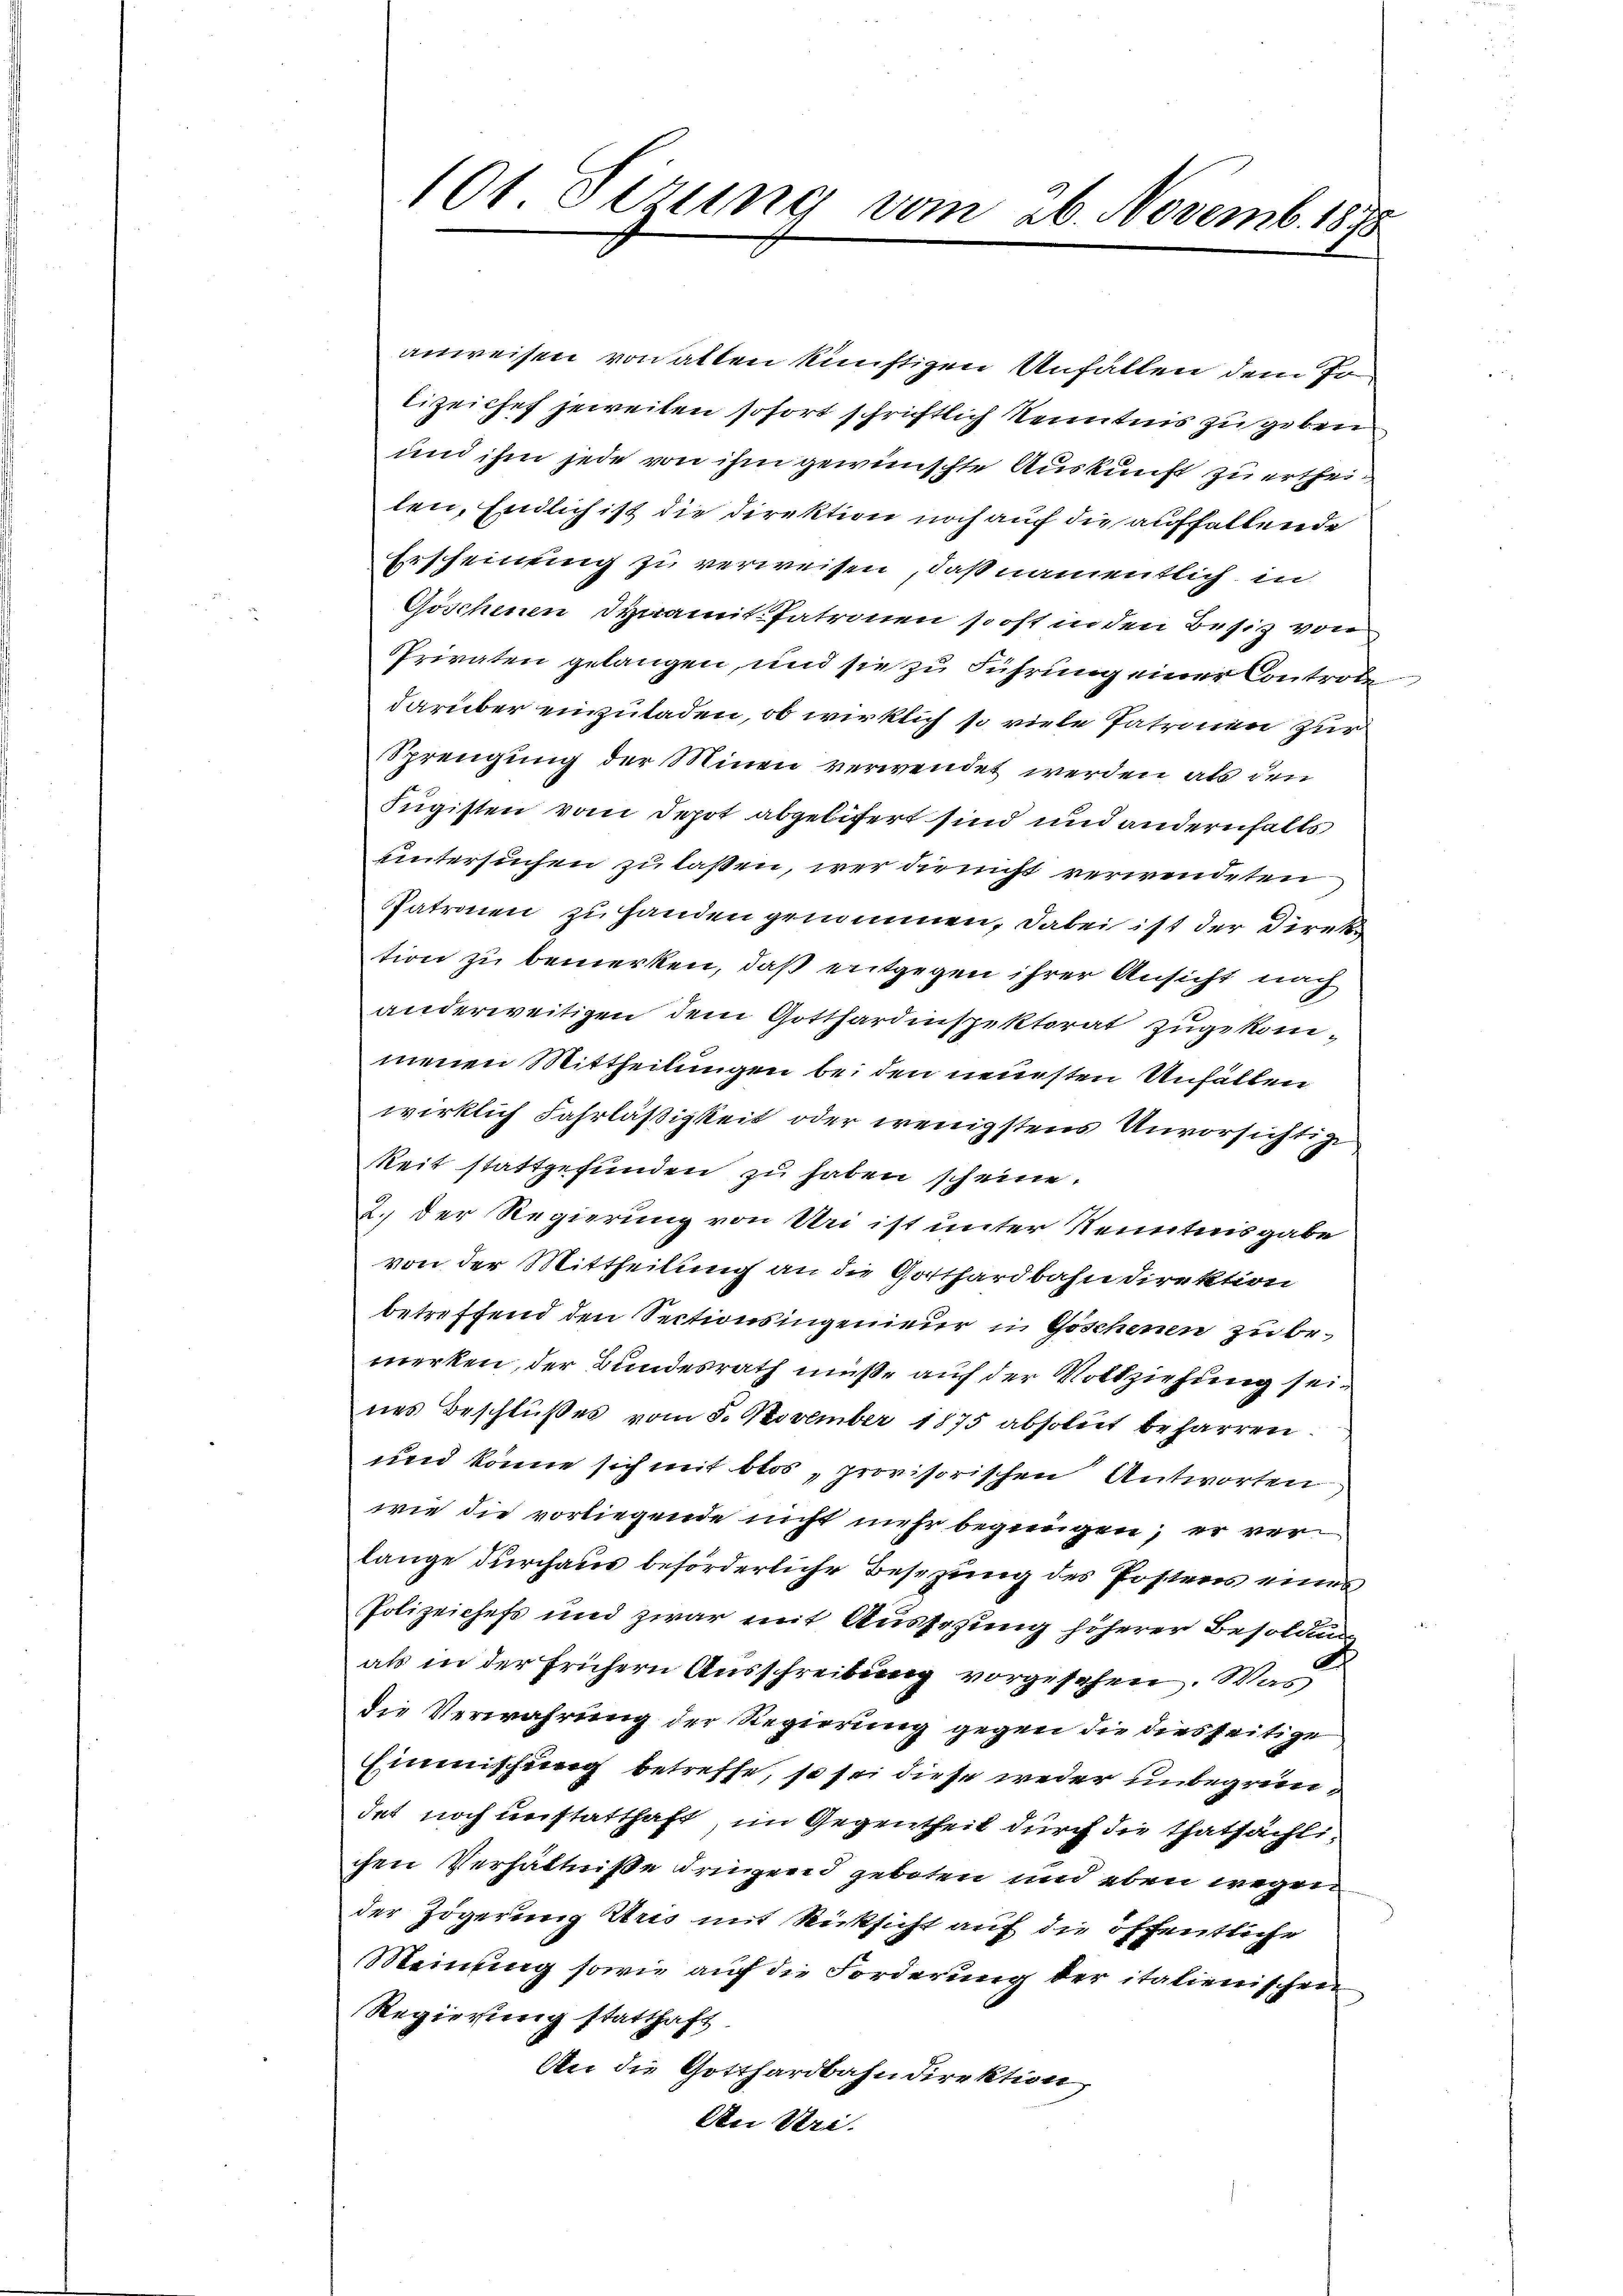
anweisen von allen künftigen Unfällen dem Po
lizeichef jeweiten sofort schrichtlich Kenntnis zu geben
und ihm jede von ihm gewünschte Auskunft zu ertheilen, Endlich ist die Direktion noch auf die auffallende
Erscheinung zu verweisen, daß namentlich in
Göschenen dynamit Patronen so oft in den Besiz von
Privaten gelangen, und sie zu Führung einer Controle
darüber einzuladen, ob wirklich so viele Patronen zur
Sprengung der Minen verwendet werden, als den
Jugisten vom Depot abgelitert sind und andernfalls
untersuchen zu laßen, wer dir nicht verwendeten
Patronen zu handen genommen, dabei ist der Direk
tion zu bemerken, daß entgegen ihrer Ansicht nach
anderweitigen dem Gotthardiispektorat zugekommenen Mittheilungen bei den neuesten Unfällen
wirklich Fahrläßigkeit oder wenigstens Unvorsichtige
keit stattgefunden zu haben scheine.
2. Der Regierung von Uri ist unter Kenntnisgabe
von der Mittheilung an die Gotthardbahn direktion
betreffend den Sectionsingenieur in Göschenen zu bemerken, der Bundesrath müße auf der Vollziehung seines Beschlußes vom 5. November 1875 absolut beharren.
und könne sich mit blos „provisorischen Antworten
wie die vorliegende nicht mehr begnügen; er verlange durchaus beförderliche Besizung des Posteres eines
Polizeichefs und zwar mit Aussezung höherer Besolden
als in der frühern Ausschreibung vorgesehen. Wid
die Verwahrung der Regierung gegen die diesseitige
Einmischung betreffe, so sei diese weder unbegründet noch unstatthaft im Gegentheil durch die thatsächlichen Verhältniße dringend geboten und eben wegen
der Zögerung Aris mit Rücksicht auf die öffentliche
Meinung sowie auf die Forderung der italienischen
Regierung statthaft.
An die Gotthardbahndirektion
Aei Stri.

101 Sirung vom 26. Novemb. 1818.